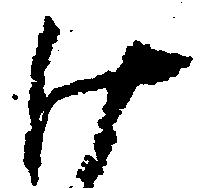
け